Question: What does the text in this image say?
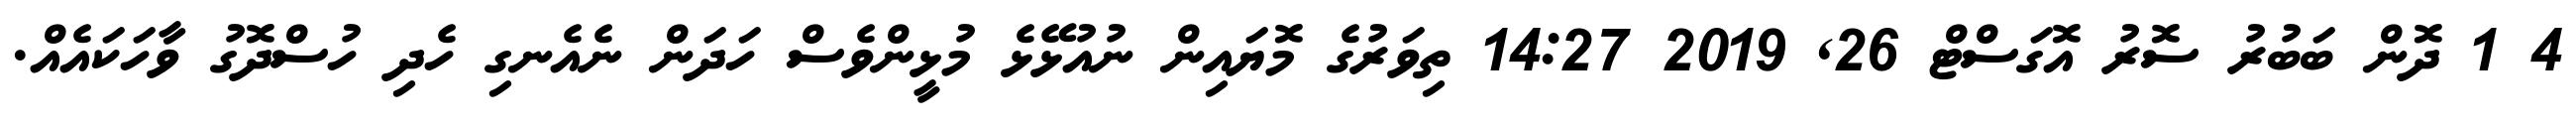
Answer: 4 1 ދޮން ބަބުރު ސޮރު އޮގަސްޓް 26, 2019 14:27 ތިވަރުގެ މޮޔައިން ނުއުޅޭޅެ މުޅީންވެސް ހަދަން ނެއެނގި ހެދި ހުސްދޮގު ވާހަކައެއް.